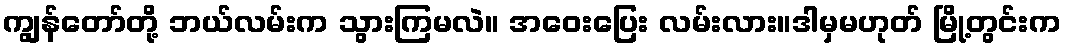
ကျွန်တော်တို့ ဘယ်လမ်းက သွားကြမလဲ။ အဝေးပြေး လမ်းလား။ဒါမှမဟုတ် မြို့တွင်းက